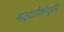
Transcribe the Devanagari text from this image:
माइटोकॉण्ड्रीय